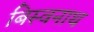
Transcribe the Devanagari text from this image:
बिस्वनाथ